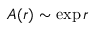
A ( r ) \sim \exp r